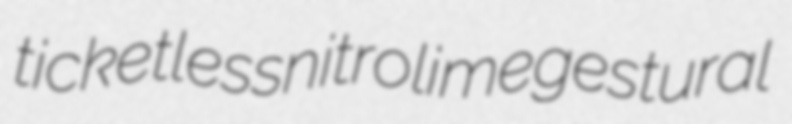
ticketless nitrolime gestural